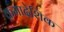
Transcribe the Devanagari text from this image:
क्रमादेशिक